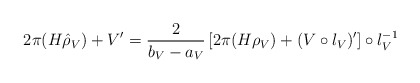
\begin{align*}2\pi(H\hat{\rho}_V)+V'=\frac{2}{b_V-a_V}\left[2\pi(H\rho_V)+(V\circ\l_V)'\right]\circ\l^{-1}_V\end{align*}